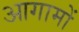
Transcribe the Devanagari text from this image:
आगामों